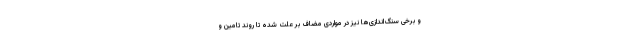
و برخی سنگ‌اندازی‌ها نیز در مواردی مضاف بر علت شده تا روند تامین و